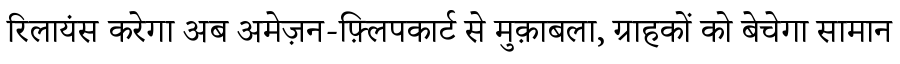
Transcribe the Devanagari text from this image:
रिलायंस करेगा अब अमेज़न-फ़्लिपकार्ट से मुक़ाबला, ग्राहकों को बेचेगा सामान